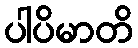
ပါပိမာတိ